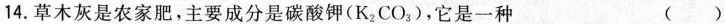
14.草木灰是农家肥，主要成分是碳酸钾(K_{2}CO_{3})，它是一种 ()